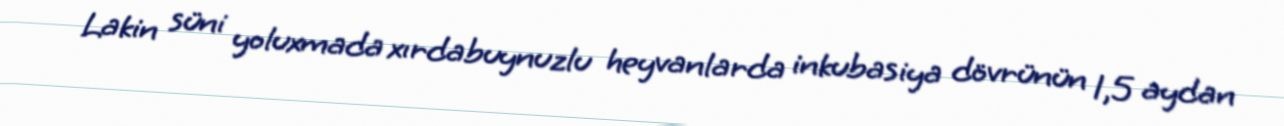
Lakin süni yoluxmada xırdabuynuzlu heyvanlarda inkubasiya dövrünün 1,5 aydan